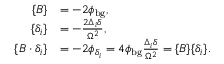
\begin{array} { r l } { \{ B \} } & { = - 2 \phi _ { \mathrm { b g } } , } \\ { \{ \delta _ { i } \} } & { = - \frac { 2 \Delta _ { i } \delta } { \Omega ^ { 2 } } , } \\ { \{ B \cdot \delta _ { i } \} } & { = - 2 \phi _ { \delta _ { i } } = 4 \phi _ { \mathrm { b g } } \frac { \Delta _ { i } \delta } { \Omega ^ { 2 } } = \{ B \} \{ \delta _ { i } \} . } \end{array}